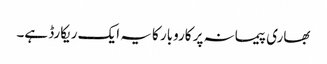
بھاری پیمانہ پر کاروبار کا یہ ایک ریکارڈ ہے۔